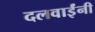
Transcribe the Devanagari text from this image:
दलवाईंनी